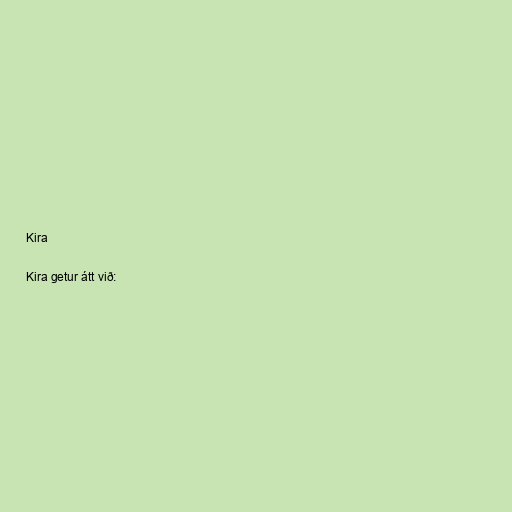
Kira

Kira getur átt við: